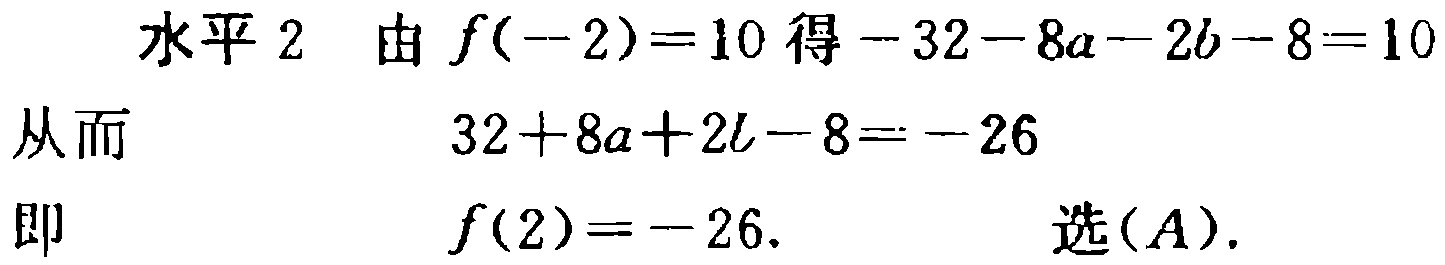
水平 2 由 \(f(-2)=10\) 得 \(-32 - 8a - 2b - 8 = 10\)
从而
\(32 + 8a + 2b - 8 = -26\)
即
\(f(2)= -26.\) 选\((A)\).